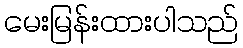
မေးမြန်းထားပါသည်